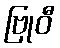
ဗြုဝီ